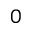
0